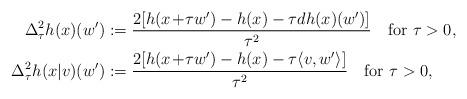
LaTeX: \begin{align*} \Delta^2_{\tau}h(x)(w')&:=\frac{2[h(x\!+\!\tau w')-h(x)-\tau dh(x)(w')]}{\tau^2} \quad{\rm for}\ \tau>0,\\ \Delta^2_{\tau}h(x|v)(w')&:=\frac{2[h(x\!+\!\tau w')-h(x)-\tau\langle v,w'\rangle]}{\tau^2}\quad{\rm for}\ \tau>0, \end{align*}